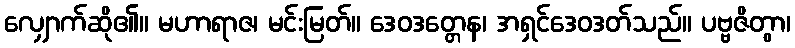
လျှောက်ဆို၏။ မဟာရာဇ၊ မင်းမြတ်။ ဒေဝဒတ္တေန၊ အရှင်ဒေဝဒတ်သည်။ ပဗ္ဗဇိတွာ၊